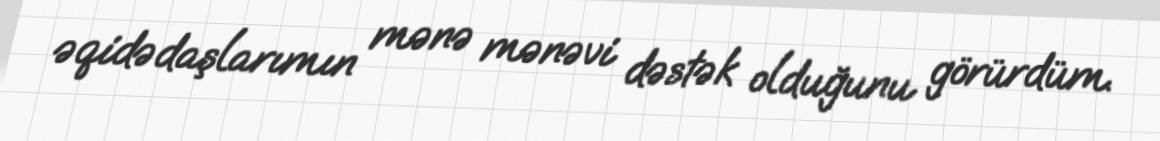
əqidədaşlarımın mənə mənəvi dəstək olduğunu görürdüm.